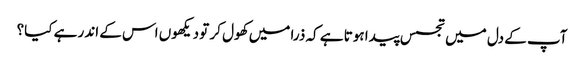
آپ کے دل میں تجسس پیدا ہوتا ہے کہ ذرا میں کھول کر تو دیکھوں اس کے اندر ہے کیا؟